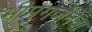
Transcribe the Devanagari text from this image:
भीमगर्जनेचा